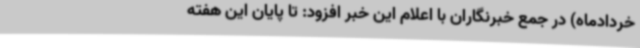
خردادماه) در جمع خبرنگاران با اعلام این خبر افزود: تا پایان این هفته